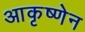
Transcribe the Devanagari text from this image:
आकृष्णेन